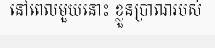
នៅពេលមួយនោះ ខ្លួនប្រាណរបស់